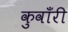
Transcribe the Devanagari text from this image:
कुवाँरी